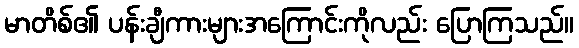
မာတိစ်၏ ပန်းချီကားများအကြောင်းကိုလည်း ပြောကြသည်။